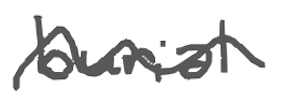
Text: burial,
Cross-out: wave
Writing tool: digital_gray